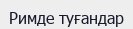
Римде туғандар